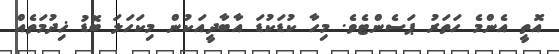
އޮތީ އެންމެ ހަތަރު ޕަސެންޓެވެ. މިހާ ކުޑަކުޑަ އާބާދީއަކުން މިކަހަލަ ބޮޑު ޚިދުމަތެއް